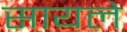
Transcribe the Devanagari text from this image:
सायले